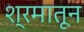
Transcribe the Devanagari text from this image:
श्रमातून